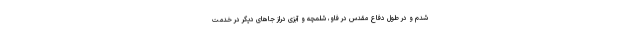
شدم و در طول دفاع مقدس در فاو، شلمچه و آبزی دراز جاهای دیگر در خدمت